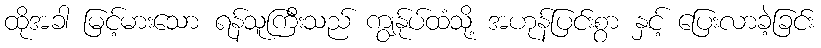
ထိုအခါ မြင့်မားသော ရန်သူကြီးသည် ကျွန်ုပ်ထံသို့ အဟုန်ပြင်းစွာ နှင့် ပြေးလာခဲ့ခြင်း